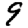
Digit: 9